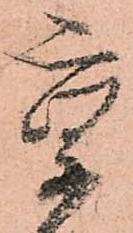
京